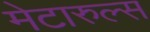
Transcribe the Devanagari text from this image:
मेटारुल्स